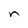
Character: n